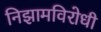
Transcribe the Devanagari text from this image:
निझामविरोधी